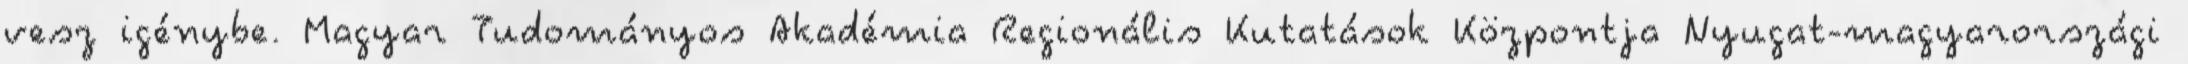
vesz igénybe. Magyar Tudományos Akadémia Regionális Kutatások Központja Nyugat-magyarországi